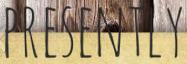
PRESENTLY